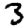
Digit: 3